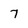
Character: 7